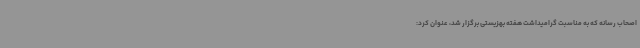
اصحاب رسانه که به مناسبت گرامیداشت هفته بهزیستی برگزار شد، عنوان کرد: